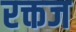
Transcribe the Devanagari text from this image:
रक्तज